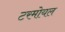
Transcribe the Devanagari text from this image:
टरमोयल